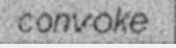
convoke